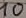
Text: 10